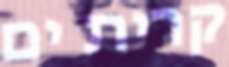
קרית ים